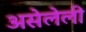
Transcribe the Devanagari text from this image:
असेलेली